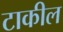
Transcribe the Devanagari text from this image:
टाकील